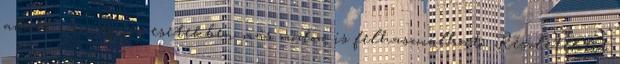
alatt van; egyes esetekben más módon is felhasználható. Részletekért